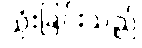
သုံးခြင်းသည်